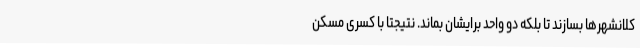
کلانشهرها بسازند تا بلکه دو واحد برایشان بماند. نتیجتا با کسری مسکن